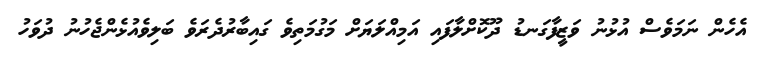
އެހެން ނަމަވެސް އުޅުނު ވަޒީފާގަނޑު ދޫކޮށްލާފައި އަމިއްލަޔަށް މަގުމަތިވެ ގައިބާރުދެރަވެ ބަލިވެއުޅެންޖެހުނު ދުވަހު